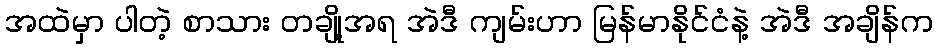
အထဲမှာ ပါတဲ့ စာသား တချို့အရ အဲဒီ ကျမ်းဟာ မြန်မာနိုင်ငံနဲ့ အဲဒီ အချိန်က